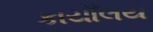
કાયાઁલય